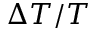
\Delta T / T